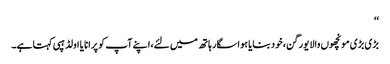
‘‘
بڑی بڑی مونچھوں والا یورگن،خود بنایا ہوا سگار ہاتھ میں لئے،اپنے آپ کو پرانا یا اولڈ ہپی کہتا ہے۔